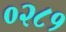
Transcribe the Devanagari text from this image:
०२८१